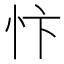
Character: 忭